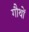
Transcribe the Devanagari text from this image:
गौथों